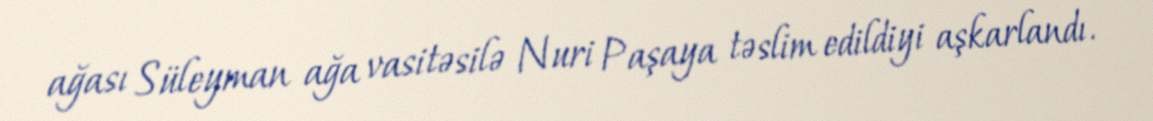
ağası Süleyman ağa vasitəsilə Nuri Paşaya təslim edildiyi aşkarlandı.